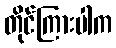
တိုင်ကြားပါက